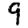
Digit: 9